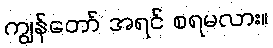
ကျွန်တော် အရင် စရမလား။